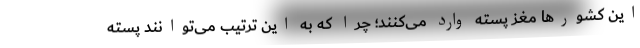
این کشورها مغز پسته وارد می‌کنند؛ چرا که به این ترتیب می‌توانند پسته